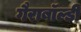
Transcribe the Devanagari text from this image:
गैराबॉल्डी